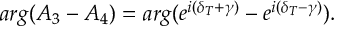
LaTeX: a r g ( A _ { 3 } - A _ { 4 } ) = a r g ( e ^ { i ( \delta _ { T } + \gamma ) } - e ^ { i ( \delta _ { T } - \gamma ) } ) .